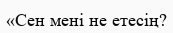
«Сен мені не етесің?